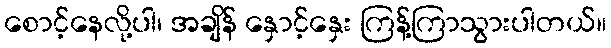
စောင့်နေလို့ပါ၊ အချိန် နှောင့်နှေး ကြန့်ကြာသွားပါတယ်။